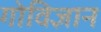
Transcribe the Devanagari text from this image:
गोविज्ञान